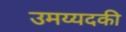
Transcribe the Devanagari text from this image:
उमय्यदकी